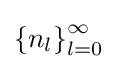
\left\{n_{l}\right\}_{l=0}^{\infty }